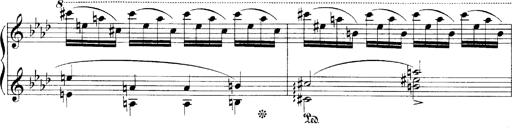
Title: LiebestrÃ¤ume
Composer: Franz Behr
Key: E-flat major